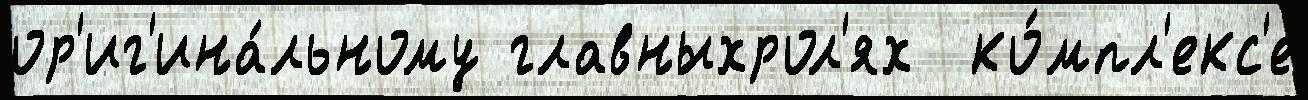
ор'иг'ина́льному главныхрол'ях  ко́мпл'екс'е